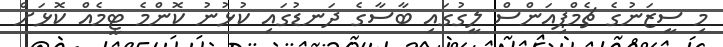
މި ސީޒަނުގެ ޗެމްޕިއަންސް ލީގުގައި ބާސާގެ ދަނޑުގައި ކުޅުނު ކޮންމެ ޓީމެއް ކޮޅަށް